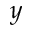
y